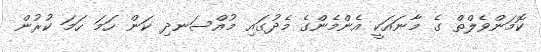
ކޮމަންވެލްތް ގެ މާނައަކީ އެންމެންގެ މެދުގައި މުއްސަނދި ކަން ހަމަ ހަމަ ކުރުން